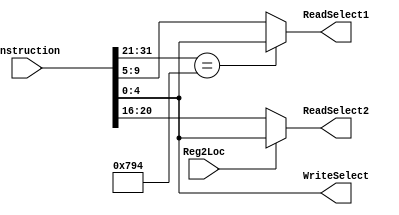
`timescale 1ns / 1ps
//////////////////////////////////////////////////////////////////////////////////
// Company: 
// Engineer: 
// 
// Design Name: 
// Module Name: MUX_2_1_5
// Project Name: 
// Target Devices: 
// Tool Versions: 
// Description: 
// 
// Dependencies: 
// 
// Revision:
// Revision 0.01 - File Created
// Additional Comments:
// 
//////////////////////////////////////////////////////////////////////////////////



/*
module MUX_2_1_5  (in0, in1, s0, out);

	input s0;
	//decide lengths of the input and output depending on parameter W 
	input [4:0] in0, in1;		
	output reg [4:0] out;
	
	//conditional assignment -> s0 selects an input
	always @ (*)
	begin
		if(s0 == 1) begin
			out = in1;
		end else begin
			out = in0;
		end
	end
	//assign out = s0 ? in1 : in0;

endmodule
*/

module MUX_2_1_5  (Instruction,Reg2Loc,ReadSelect1,ReadSelect2,WriteSelect);

	input [31:0] Instruction;
	//decide lengths of the input and output depending on parameter W 
	input Reg2Loc;		
	output [4:0] ReadSelect1,ReadSelect2,WriteSelect;
	
	parameter MOVK = 11'b11110010100;
	
	assign ReadSelect1 = (Instruction[31:21] == MOVK) ? Instruction[4:0] : Instruction[9:5];
	assign ReadSelect2 = (Reg2Loc == 1) ? Instruction[4:0] : Instruction[20:16];
	assign WriteSelect = Instruction[4:0];

    


endmodule